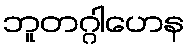
ဘူတဂ္ဂါဟေန